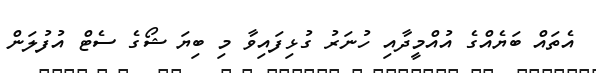
އެތައް ބަޔެއްގެ އުއްމީދާއި ހުނަރު ގުޅިފައިވާ މި ބިޔަ ޝޯގެ ސެޓް އުފުލަން